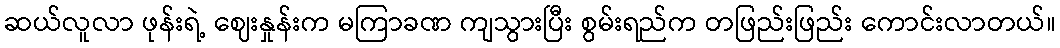
ဆယ်လူလာ ဖုန်းရဲ့ ဈေးနှုန်းက မကြာခဏ ကျသွားပြီး စွမ်းရည်က တဖြည်းဖြည်း ကောင်းလာတယ်။